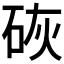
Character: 𪿙